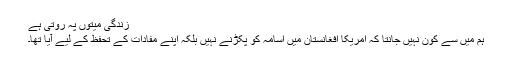
زندگی میتوں پہ روتی ہے
ہم میں سے کون نہیں جانتا کہ امریکا افغانستان میں اُسامہ کو پکڑنے نہیں بلکہ اپنے مفادات کے تحفظ کے لیے آیا تھا۔